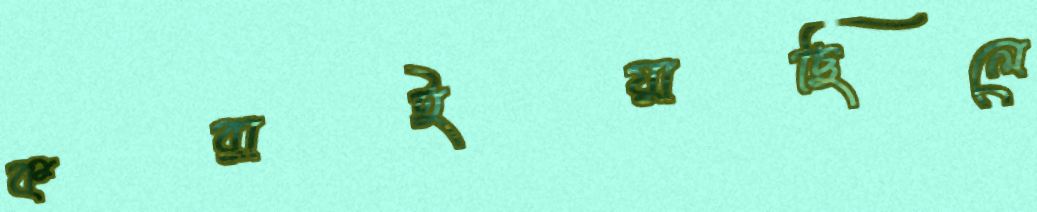
করাইয়াছিলে